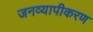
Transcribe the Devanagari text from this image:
जनव्यापीकरण